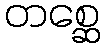
တစ္ဆေ